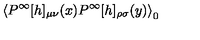
\left< P ^ { \infty } [ h ] _ { \mu \nu } ( x ) P ^ { \infty } [ h ] _ { \rho \sigma } ( y ) \right> _ { 0 }